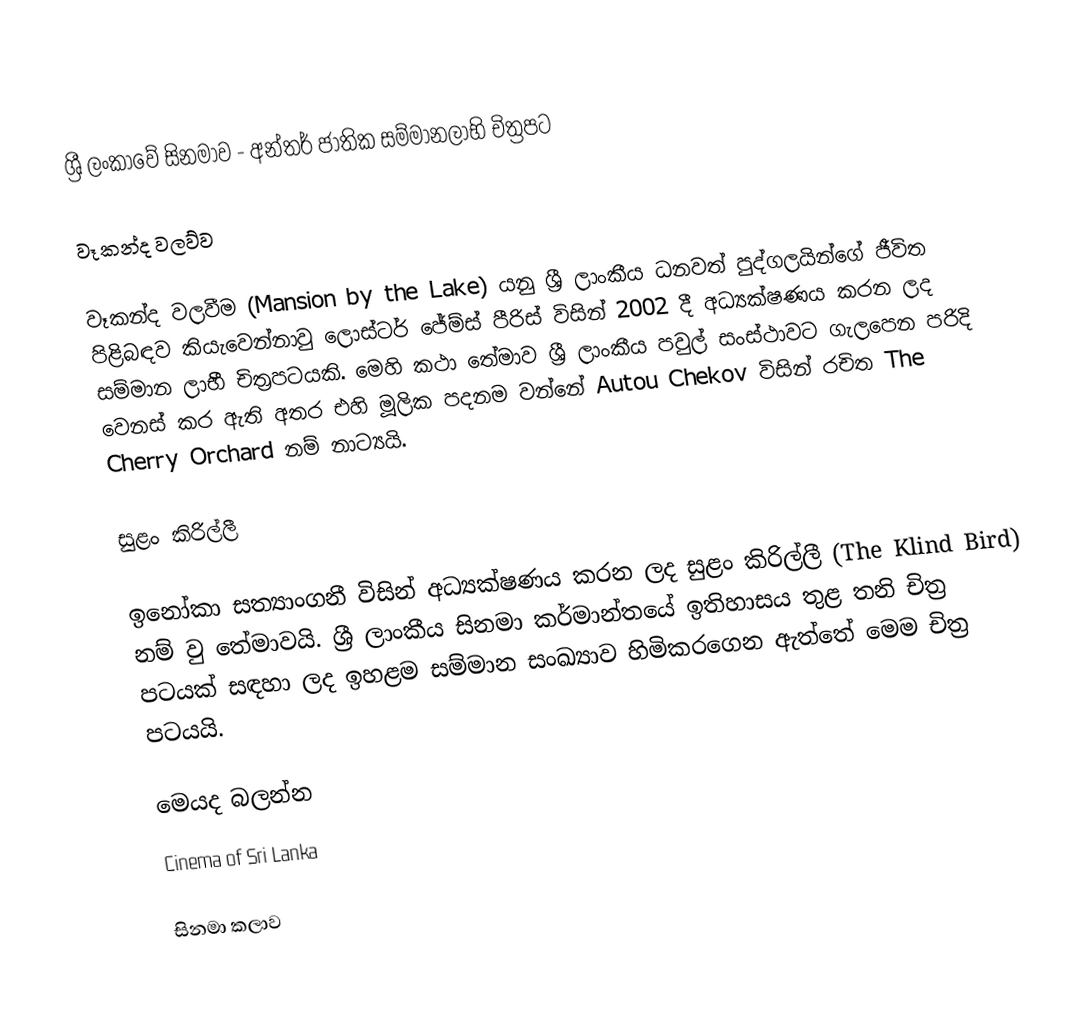
ශ්‍රී ලංකාවේ සිනමාව - අන්තර් ජාතික සම්මානලාභි චිත්‍රපට

වෑකන්ද වලව්ව

වෑකන්ද වලවීම (Mansion by the Lake) යනු ශ්‍රී ලාංකීය ධනවත් පුද්ගලයින්ගේ ජීවිත පිළිබඳව කියැවෙන්නාවු ලොස්ටර් ‍ජේම්ස් පීරිස් විසින් 2002 දී අධ්‍යක්ෂණය කරන ලද සම්මාන ලාභී චිත්‍රපටයකි. මෙහි කථා තේමාව ශ්‍රී ලාංකීය පවුල් සංස්ථාවට ගැලපෙන පරිදි වෙනස් කර ඇති අතර එහි මූලික පදනම වන්නේ Autou Chekov විසින් රචිත The Cherry Orchard නම් නාට්‍යයි.

සුළං කිරිල්ලී

ඉනෝකා සත්‍යාංගනී විසින් අධ්‍යක්ෂණය කරන ලද සුළං කිරිල්ලී (The Klind Bird) නම් වු තේමාවයි. ශ්‍රී ලාංකීය සිනමා කර්මාන්තයේ ඉතිහාසය තුළ තනි චිත්‍ර පටයක් සඳහා ලද ඉහළම සම්මාන සංඛ්‍යාව හිමිකරගෙන  ඇත්තේ මෙම චිත්‍ර පටයයි.

මෙයද බලන්න
Cinema of Sri Lanka

සිනමා කලාව